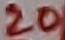
Text: 20